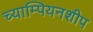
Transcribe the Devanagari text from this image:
च्याम्पियनशीप